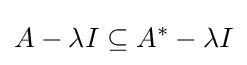
A-\lambda I\subseteq A^{*}-\lambda I